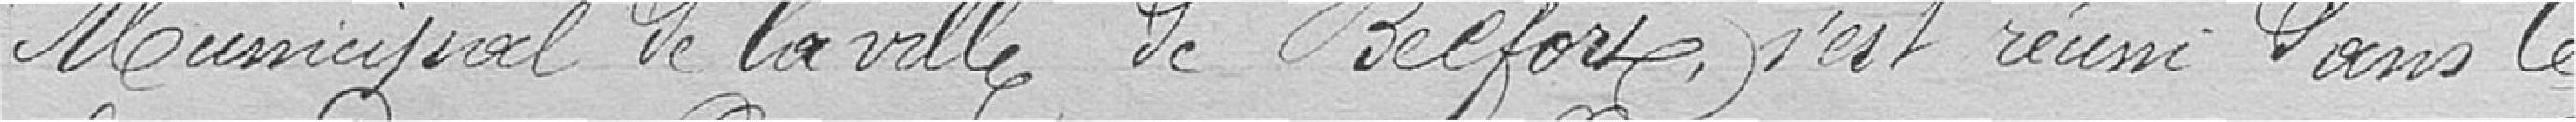
Municipal de la ville de Belfort s'est réuni dans le